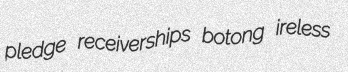
pledge receiverships botong ireless